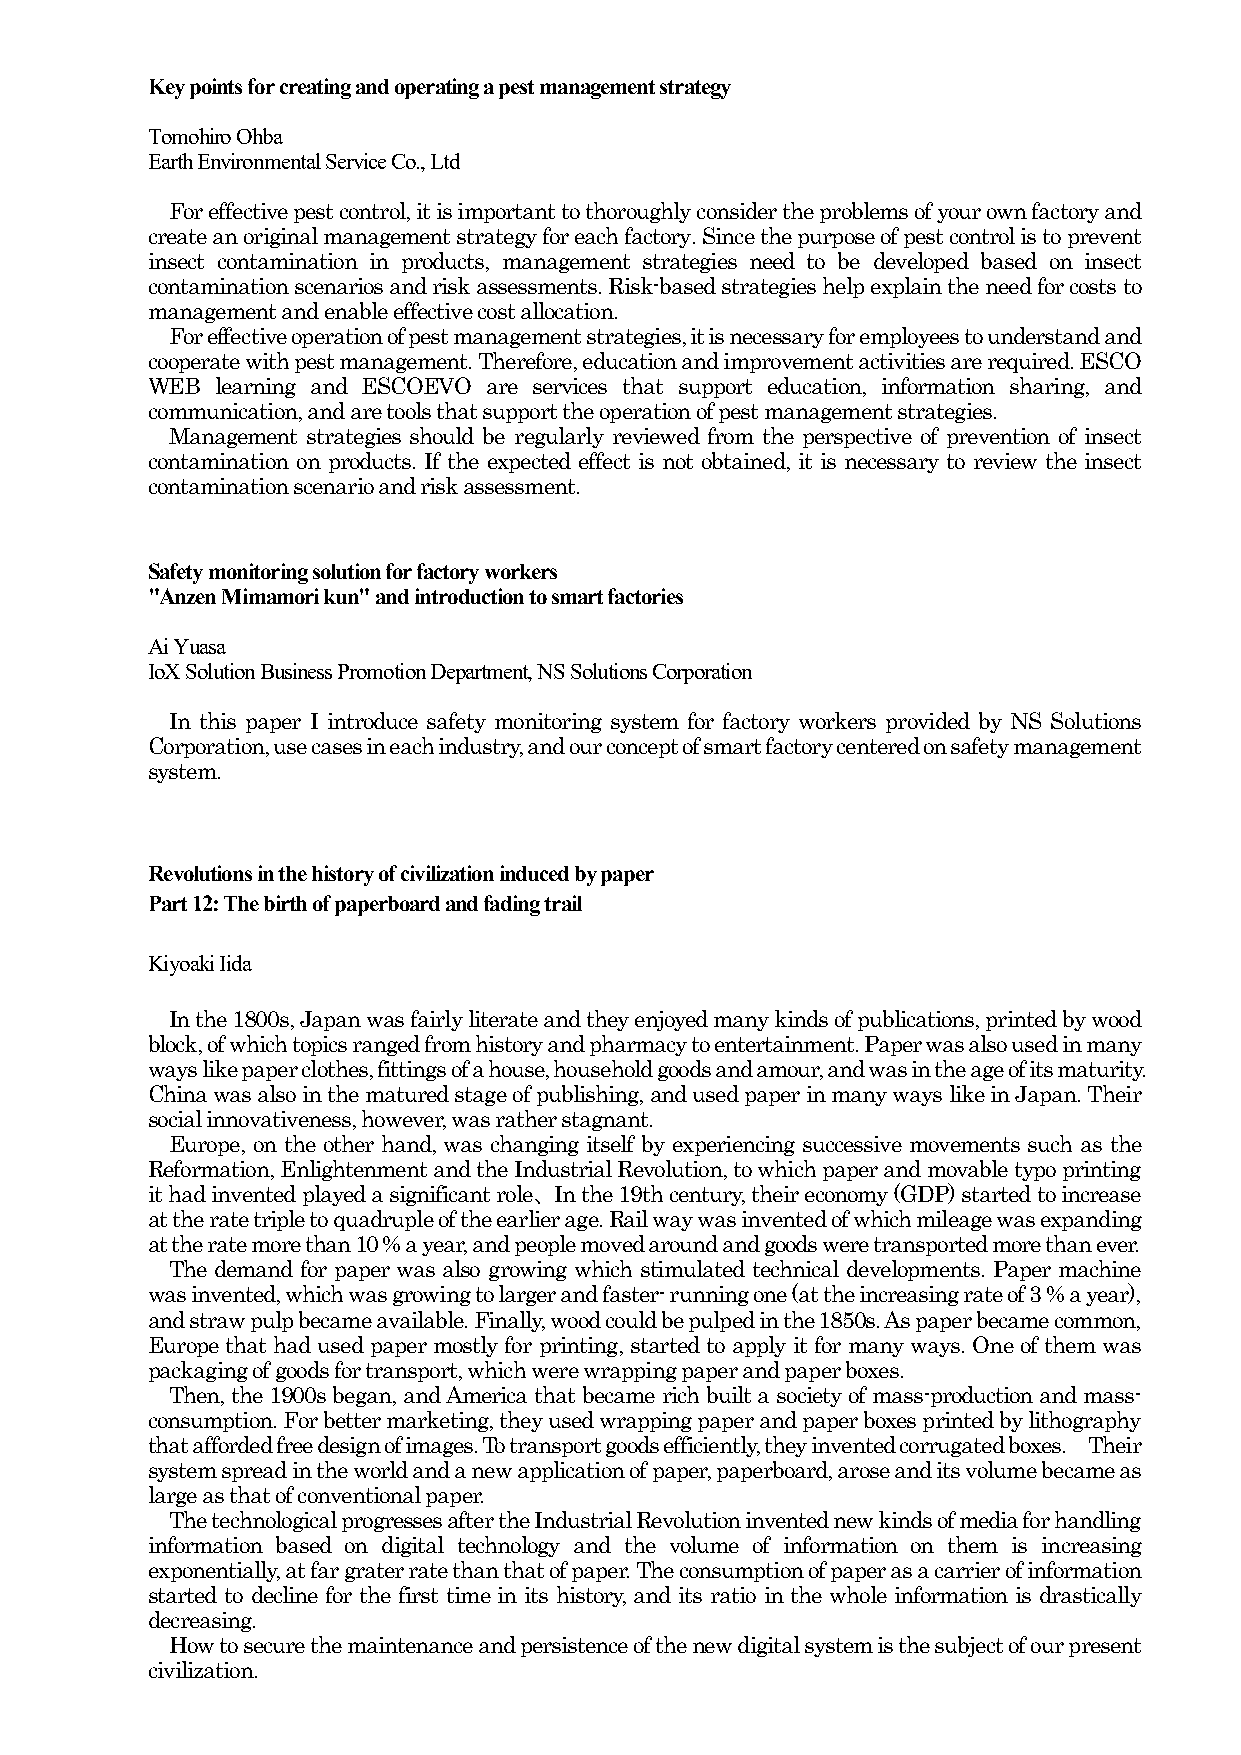
Key points for creating and operating a pest management strategy
 Tomohiro Ohba
 Earth Environmental Service Co., Ltd
 For effective pest control, it is important to thoroughly consider the problems of your own factory and
 create an original management strategy for each factory. Since the purpose of pest control is to prevent
 insect contamination in products, management strategies need to be developed based on insect
 contamination scenarios and risk assessments. Risk-based strategies help explain the need for costs to
 management and enable effective cost allocation.
 For effective operation of pest management strategies, it is necessary for employees to understand and
 cooperate with pest management. Therefore, education and improvement activities are required. ESCO
 WEB learning and ESCOEVO are services that support education, information sharing, and
 communication, and are tools that support the operation of pest management strategies.
 Management strategies should be regularly reviewed from the perspective of prevention of insect
 contamination on products. If the expected effect is not obtained, it is necessary to review the insect
 contamination scenario and risk assessment.
 Safety monitoring solution for factory workers
 "Anzen Mimamori kun" and introduction to smart factories
 Ai Yuasa
 IoX Solution Business Promotion Department, NS Solutions Corporation
 In this paper I introduce safety monitoring system for factory workers provided by NS Solutions
 Corporation, use cases in each industry, and our concept of smart factory centered on safety management
 system.
 Revolutions in the history of civilization induced by paper
 Part 12: The birth of paperboard and fading trail
 Kiyoaki Iida
 In the 1800s, Japan was fairly literate and they enjoyed many kinds of publications, printed by wood
 block, of which topics ranged from history and pharmacy to entertainment. Paper was also used in many
 ways like paper clothes, fittings of a house, household goods and amour, and was in the age of its maturity.
 China was also in the matured stage of publishing, and used paper in many ways like in Japan. Their
 social innovativeness, however, was rather stagnant.
 Europe, on the other hand, was changing itself by experiencing successive movements such as the
 Reformation, Enlightenment and the Industrial Revolution, to which paper and movable typo printing
 it had invented played a significant role、In the 19th century, their economy (GDP) started to increase
 at the rate triple to quadruple of the earlier age. Rail way was invented of which mileage was expanding
 at the rate more than 10 % a year, and people moved around and goods were transported more than ever.
 The demand for paper was also growing which stimulated technical developments. Paper machine
 was invented, which was growing to larger and faster- running one (at the increasing rate of 3 % a year),
 and straw pulp became available. Finally, wood could be pulped in the 1850s. As paper became common,
 Europe that had used paper mostly for printing, started to apply it for many ways. One of them was
 packaging of goods for transport, which were wrapping paper and paper boxes.
 Then, the 1900s began, and America that became rich built a society of mass-production and mass-
 consumption. For better marketing, they used wrapping paper and paper boxes printed by lithography
 that afforded free design of images. To transport goods efficiently, they invented corrugated boxes. Their
 system spread in the world and a new application of paper, paperboard, arose and its volume became as
 large as that of conventional paper.
 The technological progresses after the Industrial Revolution invented new kinds of media for handling
 information based on digital technology and the volume of information on them is increasing
 exponentially, at far grater rate than that of paper. The consumption of paper as a carrier of information
 started to decline for the first time in its history, and its ratio in the whole information is drastically
 decreasing.
 How to secure the maintenance and persistence of the new digital system is the subject of our present
 civilization.